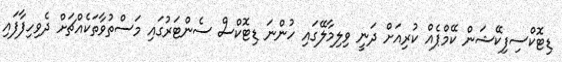
ޑިޓޮކްސިފިކޭޝަން ކޭމްޕެއް ކުރިއަށް ދަނީ ވިލިމާލޭގައި ހުންނަ ޑިޓޮކްސް ސެންޓަރުގައި މަސްތުވާތަކެއްޗަށް ދެވިހިފާފައި